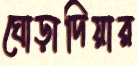
ঘোড়াদিয়ার